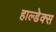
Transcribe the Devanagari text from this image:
हाल्डेक्स